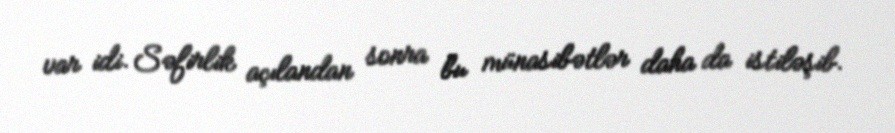
var idi. Səfirlik açılandan sonra bu münasibətlər daha da istiləşib.